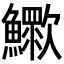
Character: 𣤿